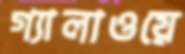
গ্যালাওয়ে